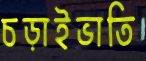
চড়াইভাতি